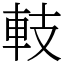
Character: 䡋